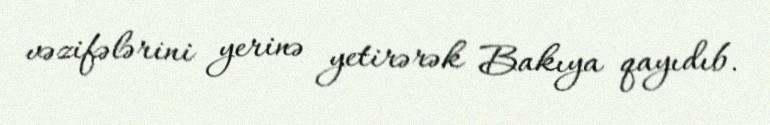
vəzifələrini yerinə yetirərək Bakıya qayıdıb.